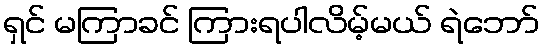
ရှင် မကြာခင် ကြားရပါလိမ့်မယ် ရဲဘော်